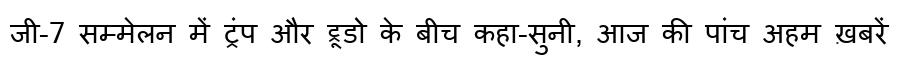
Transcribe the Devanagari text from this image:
जी-7 सम्मेलन में ट्रंप और ट्रूडो के बीच कहा-सुनी, आज की पांच अहम ख़बरें